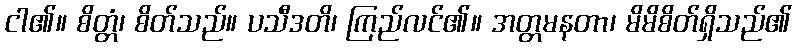
ငါ၏။ စိတ္တံ၊ စိတ်သည်။ ပသီဒတိ၊ ကြည်လင်၏။ အတ္တမနတာ၊ မိမိစိတ်ရှိသည်၏